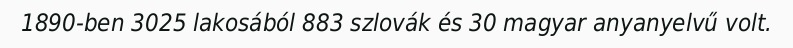
1890-ben 3025 lakosából 883 szlovák és 30 magyar anyanyelvű volt.